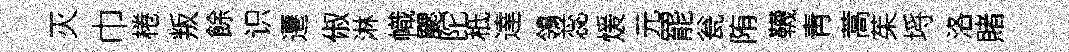
灭巾棬叛餘识遷俶淋幟颸陀秪達鴒蕊煖元罷瓮陏韈靑蒿茱埓洛賭